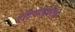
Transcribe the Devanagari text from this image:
ऐंटिवायोटिक